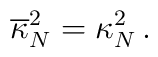
\overline{\kappa}_N^2 =\kappa_N^2\,.